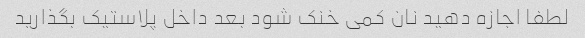
لطفا اجازه دهید نان کمی خنک شود بعد داخل پلاستیک بگذارید